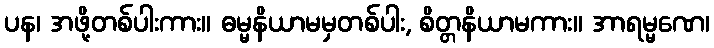
ပန၊ အဖို့တစ်ပါးကား။ ဓမ္မနိယာမမှတစ်ပါး, စိတ္တနိယာမကား။ အာရမ္မဏေ၊